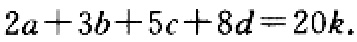
\(2a + 3b + 5c + 8d = 20k\)